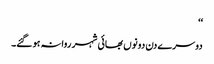
‘‘
دوسرے دن دونوں بھائی شہر روانہ ہو گئے۔